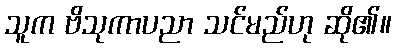
သူက ဗိသုကာပညာ သင်မည်ဟု ဆို၏။